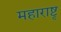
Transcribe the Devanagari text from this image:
महाराष्टृ